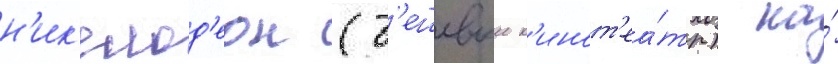
н'ик'елод'еон (д'ешевыи к'инот'еа́тр) на́